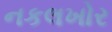
નકલખોર